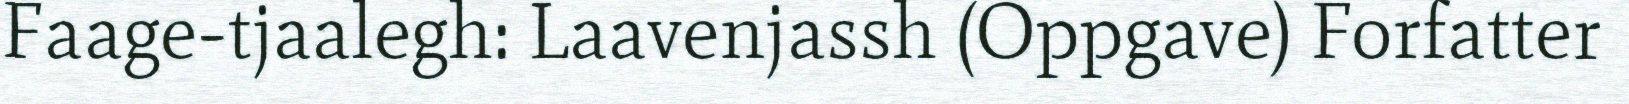
Faage-tjaalegh: Laavenjassh (Oppgave) Forfatter